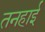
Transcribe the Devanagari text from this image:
तनहाई